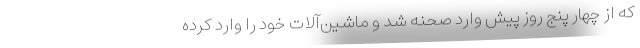
که از چهار پنج روز پیش وارد صحنه شد و ماشین‌آلات خود را وارد کرده